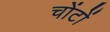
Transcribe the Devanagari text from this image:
चोंटों